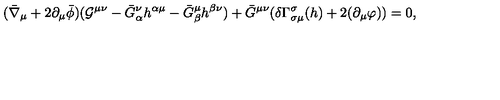
( \bar { \nabla } _ { \mu } + 2 \partial _ { \mu } \bar { \phi } ) ( { \cal G } ^ { \mu \nu } - \bar { G } _ { \alpha } ^ { \nu } h ^ { \alpha \mu } - \bar { G } _ { \beta } ^ { \mu } h ^ { \beta \nu } ) + \bar { G } ^ { \mu \nu } ( \delta \Gamma _ { \sigma \mu } ^ { \sigma } ( h ) + 2 ( \partial _ { \mu } \varphi ) ) = 0 ,